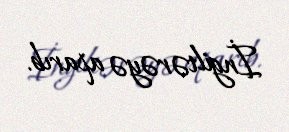
İngiltərəyə aparıb.